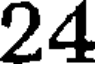
24